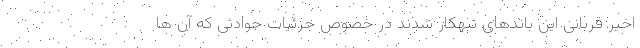
اخیر قربانی این باندهای تبهکار شدند در خصوص جزئیات حوادثی که آن ها